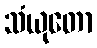
သံယုတော